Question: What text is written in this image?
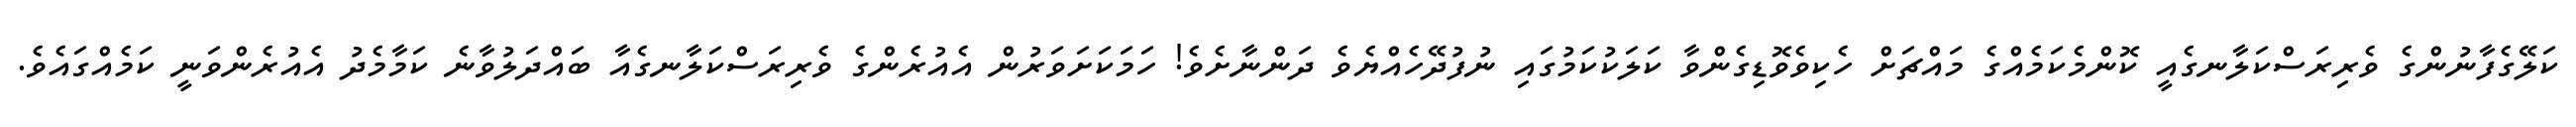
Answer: ކަލޭގެފާނުންގެ ވެރިރަސްކަލާނގެއީ ކޮންމެކަމެއްގެ މައްޗަށް ހެކިވެވޮޑިގެންވާ ކަލަކުކަމުގައި ނުފުދޭހެއްޔެވެ ދަންނާށެވެ! ހަމަކަށަވަރުން އެއުރެންގެ ވެރިރަސްކަލާނގެއާ ބައްދަލުވާނެ ކަމާމެދު އެއުރެންވަނީ ކަމެއްގައެވެ.